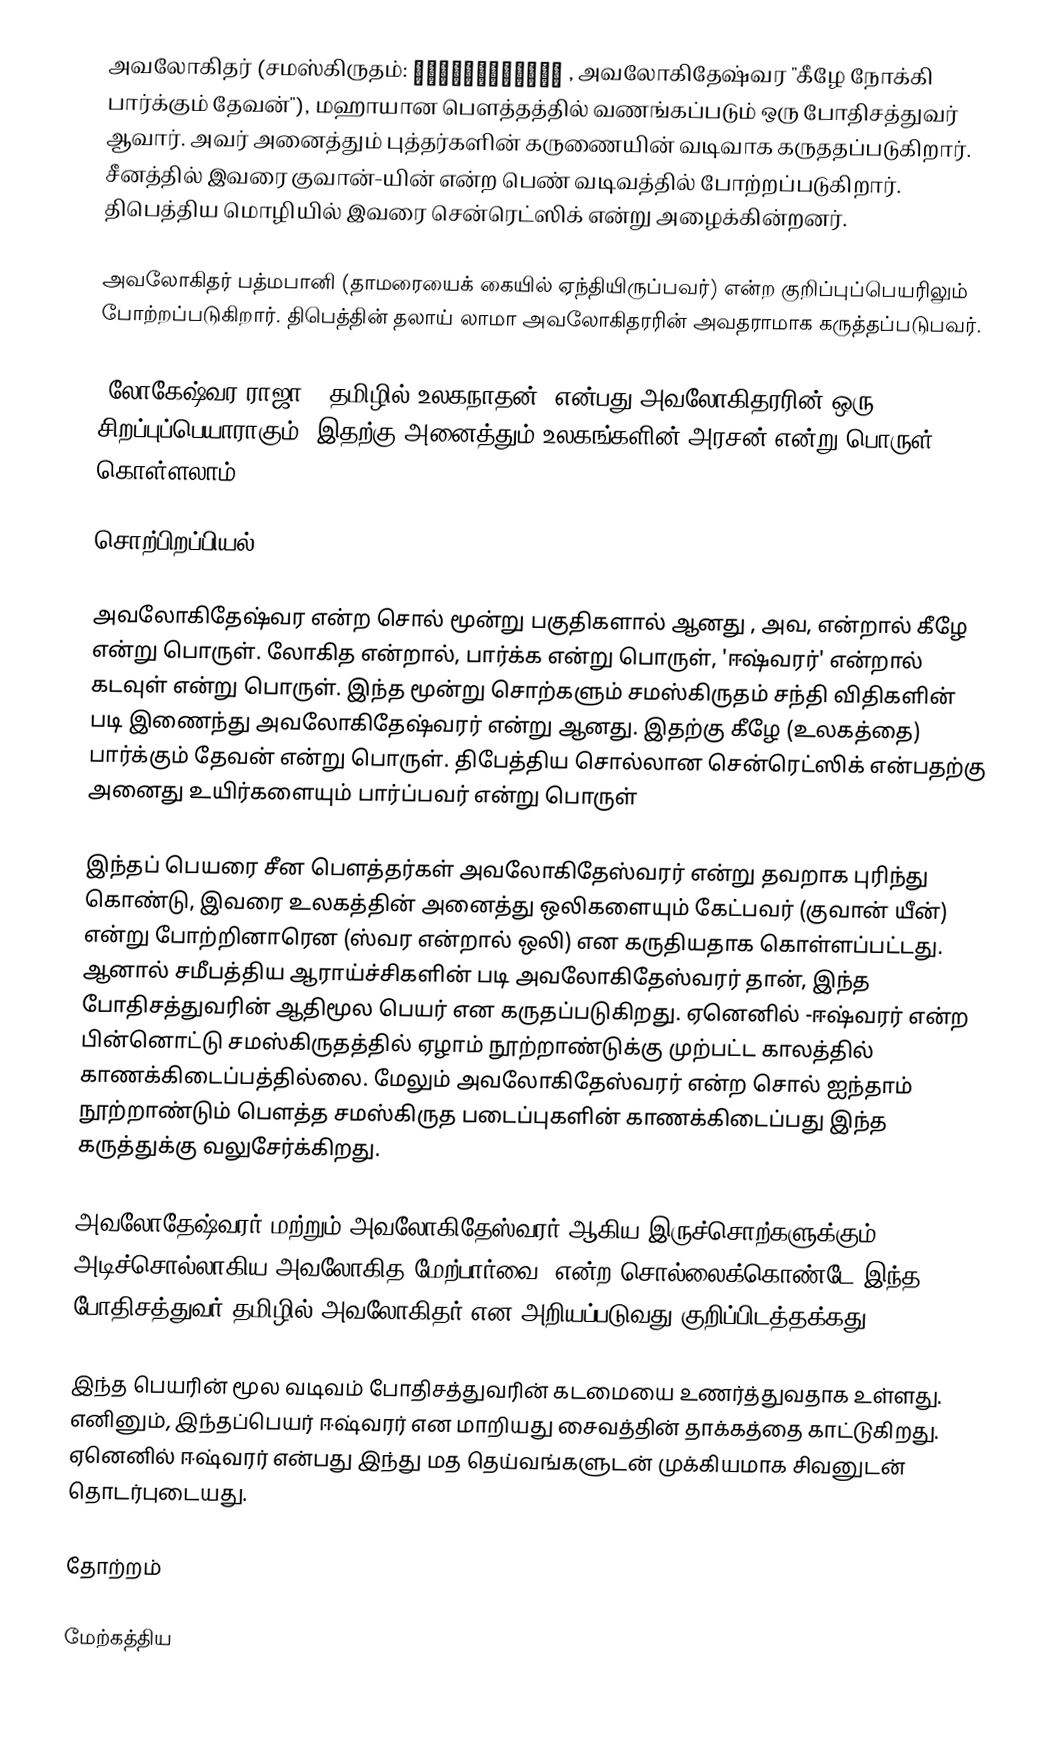
அவலோகிதர் (சமஸ்கிருதம்: अवलोकितेश्वर , அவலோகிதேஷ்வர "கீழே நோக்கி பார்க்கும் தேவன்"), மஹாயான பௌத்தத்தில் வணங்கப்படும் ஒரு  போதிசத்துவர் ஆவார். அவர் அனைத்தும் புத்தர்களின் கருணையின் வடிவாக கருததப்படுகிறார். சீனத்தில் இவரை குவான்-யின் என்ற பெண் வடிவத்தில் போற்றப்படுகிறார். திபெத்திய மொழியில் இவரை சென்ரெட்ஸிக் என்று அழைக்கின்றனர்.

அவலோகிதர் பத்மபானி (தாமரையைக் கையில் ஏந்தியிருப்பவர்) என்ற குறிப்புப்பெயரிலும் போற்றப்படுகிறார். திபெத்தின் தலாய் லாமா அவலோகிதரரின் அவதராமாக கருத்தப்படுபவர்.

'லோகேஷ்வர ராஜா' (தமிழில் உலகநாதன்) என்பது அவலோகிதரரின் ஒரு சிறப்புப்பெயாராகும். இதற்கு அனைத்தும் உலகங்களின் அரசன் என்று பொருள் கொள்ளலாம்

சொற்பிறப்பியல்

அவலோகிதேஷ்வர என்ற சொல் மூன்று பகுதிகளால் ஆனது , அவ, என்றால் கீழே என்று பொருள். லோகித என்றால், பார்க்க என்று பொருள், 'ஈஷ்வரர்' என்றால் கடவுள் என்று பொருள். இந்த  மூன்று சொற்களும் சமஸ்கிருதம் சந்தி விதிகளின் படி இணைந்து அவலோகிதேஷ்வரர் என்று ஆனது. இதற்கு கீழே (உலகத்தை) பார்க்கும் தேவன் என்று பொருள். திபேத்திய சொல்லான சென்ரெட்ஸிக் என்பதற்கு அனைது உயிர்களையும் பார்ப்பவர் என்று பொருள்

இந்தப் பெயரை சீன பௌத்தர்கள் அவலோகிதேஸ்வரர் என்று தவறாக புரிந்து கொண்டு, இவரை உலகத்தின் அனைத்து ஒலிகளையும் கேட்பவர் (குவான் யீன்) என்று போற்றினாரென (ஸ்வர என்றால் ஒலி) என கருதியதாக கொள்ளப்பட்டது. ஆனால் சமீபத்திய ஆராய்ச்சிகளின் படி அவலோகிதேஸ்வரர் தான், இந்த போதிசத்துவரின் ஆதிமூல பெயர் என கருதப்படுகிறது. ஏனெனில் -ஈஷ்வரர் என்ற பின்னொட்டு சமஸ்கிருதத்தில் ஏழாம் நூற்றாண்டுக்கு முற்பட்ட காலத்தில் காணக்கிடைப்பத்தில்லை. மேலும் அவலோகிதேஸ்வரர் என்ற சொல் ஐந்தாம் நூற்றாண்டும் பௌத்த சமஸ்கிருத படைப்புகளின் காணக்கிடைப்பது இந்த கருத்துக்கு வலுசேர்க்கிறது.

அவலோதேஷ்வரர் மற்றும் அவலோகிதேஸ்வரர் ஆகிய இருச்சொற்களுக்கும் அடிச்சொல்லாகிய அவலோகித(மேற்பார்வை) என்ற சொல்லைக்கொண்டே இந்த போதிசத்துவர் தமிழில் அவலோகிதர் என அறியப்படுவது குறிப்பிடத்தக்கது.

இந்த பெயரின் மூல வடிவம் போதிசத்துவரின் கடமையை உணர்த்துவதாக உள்ளது. எனினும், இந்தப்பெயர் ஈஷ்வரர் என மாறியது சைவத்தின் தாக்கத்தை காட்டுகிறது. ஏனெனில் ஈஷ்வரர் என்பது இந்து மத தெய்வங்களுடன் முக்கியமாக சிவனுடன் தொடர்புடையது.

தோற்றம்

மேற்கத்திய